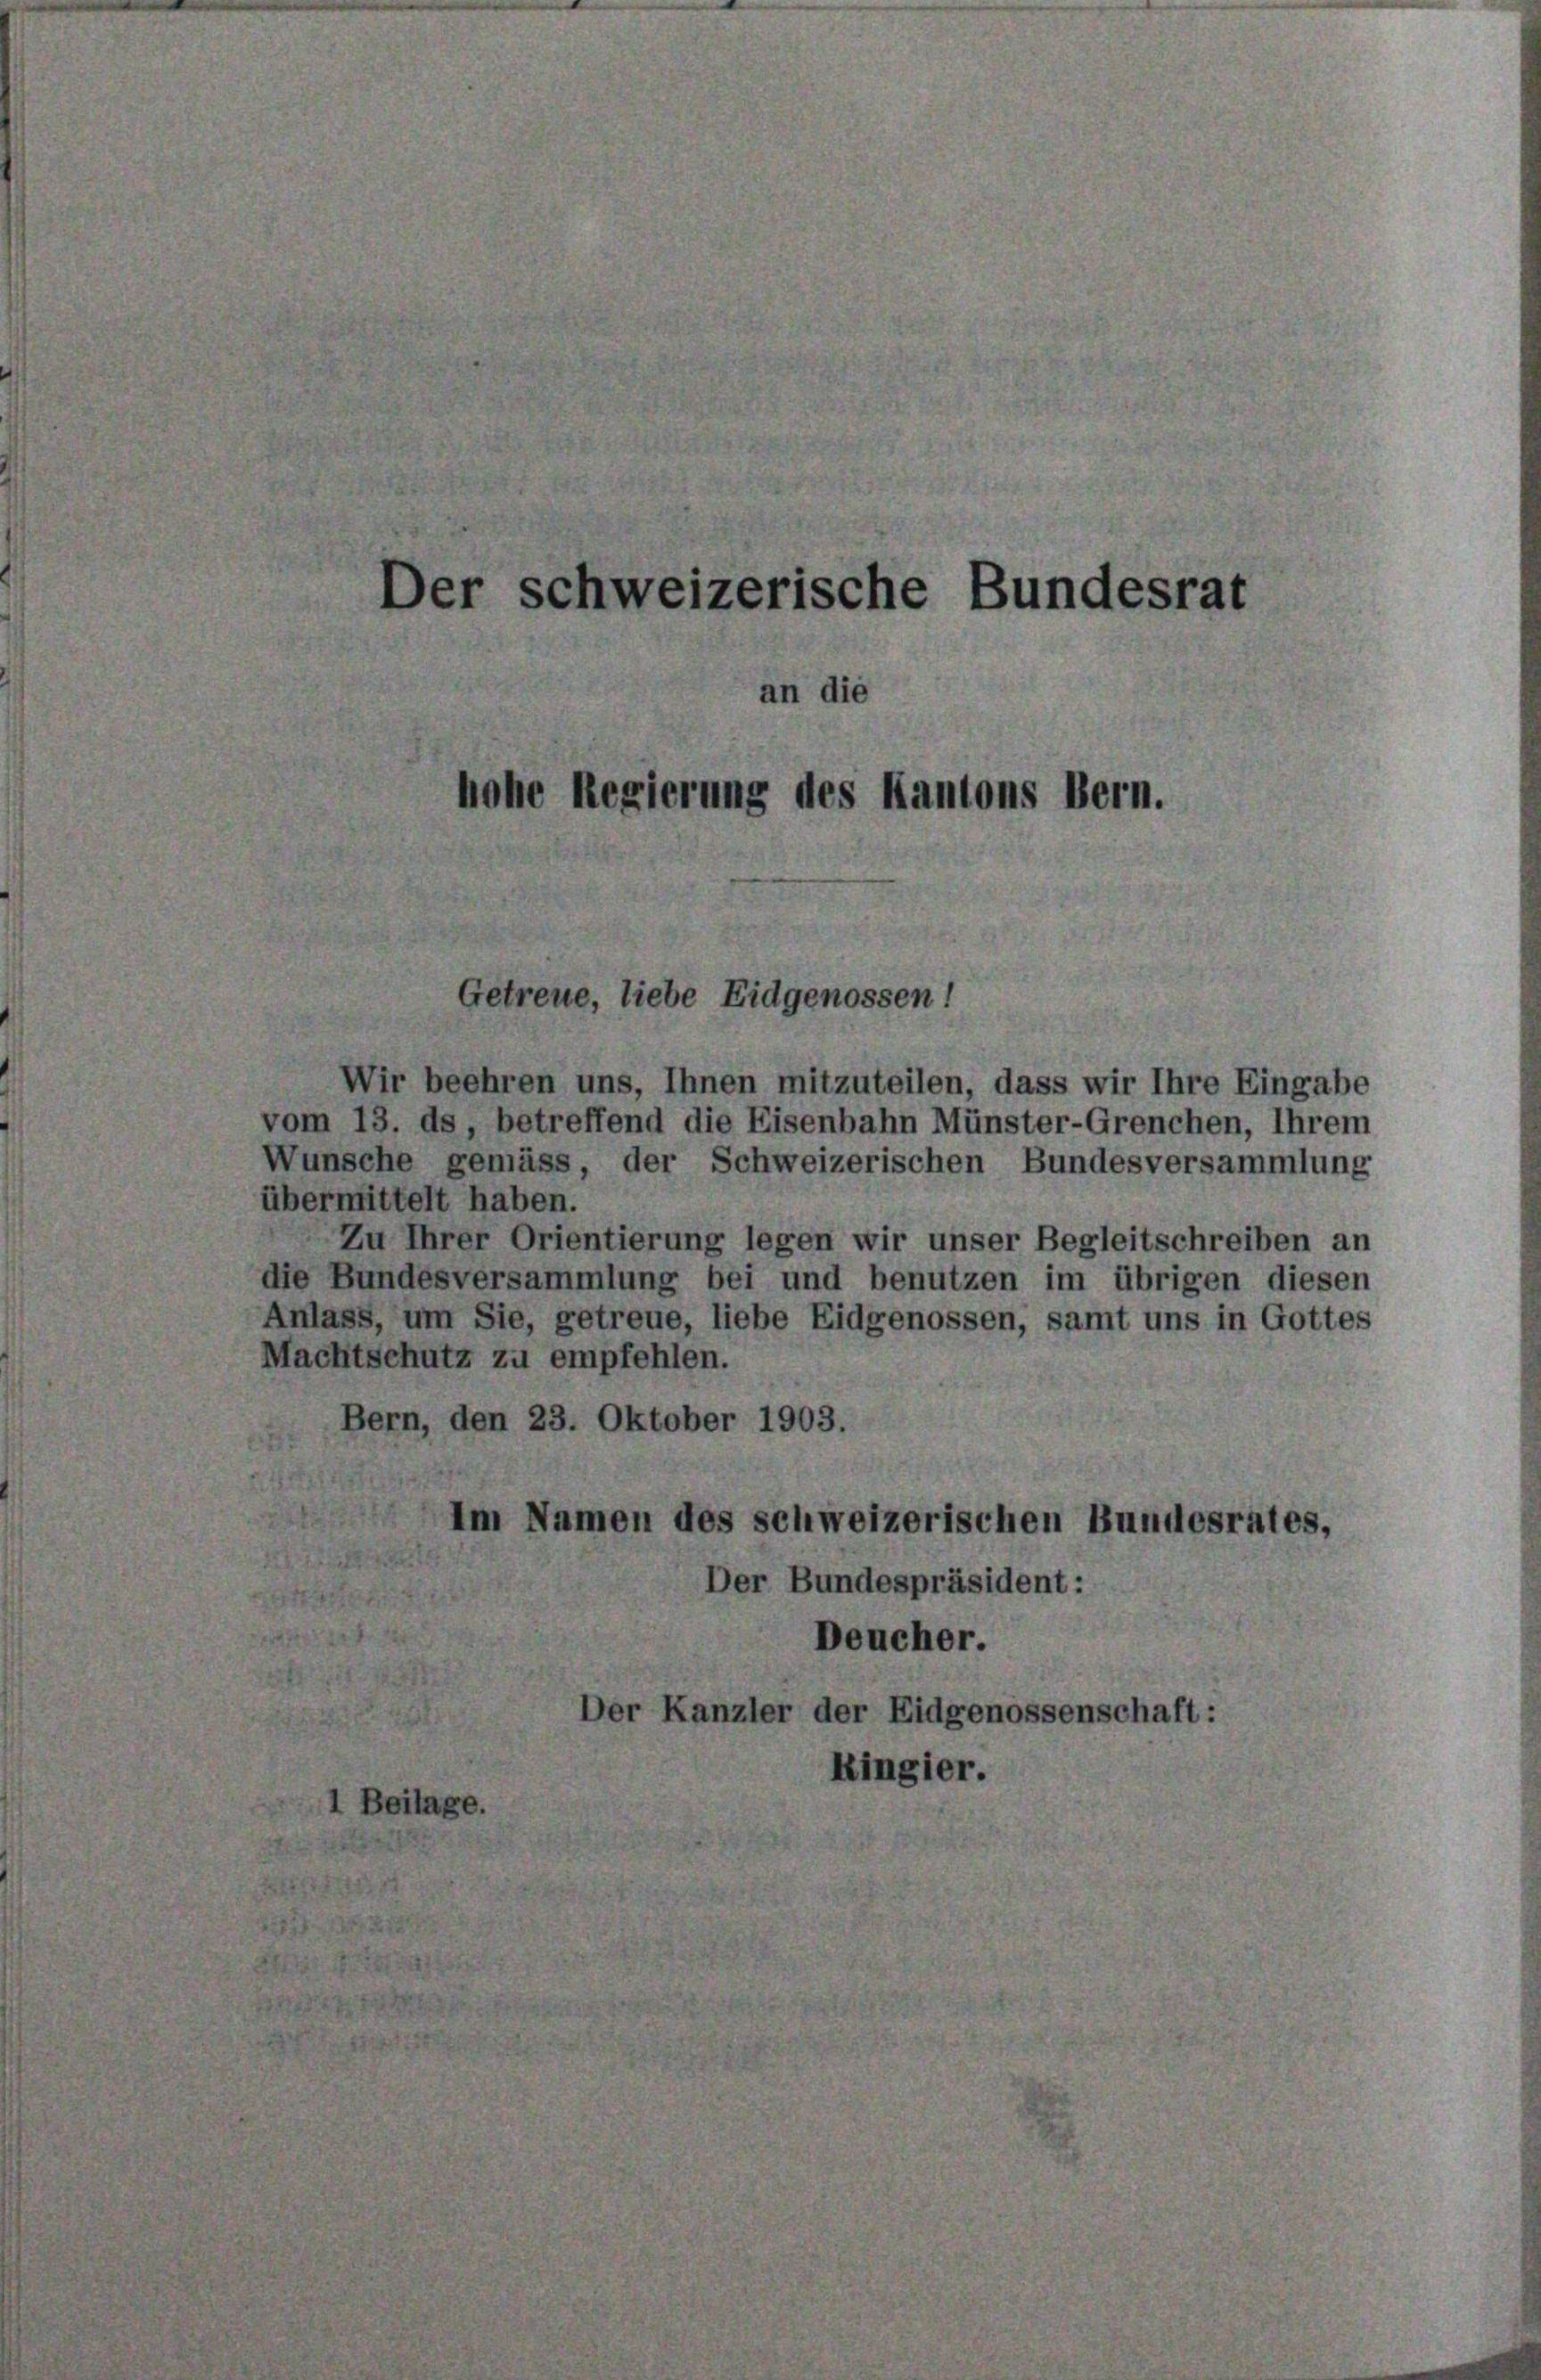
Der schweizerische Bundesrat
n die
hohe Regierung des Kantons Bern.

Getreue, liebe Eidgenossen!

Wir beehren uns, Ihnen mitzuteilen, dass wir Ihre Eingabe
vom 13. ds, betreffend die Eisenbahn Münster-Grenchen, Ihrem
Wünsche gemäss, der Schweizerischen Bundesversammlung
übermittelt haben.
Zu Ihrer Orientierung legen wir unser Begleitschreiben an
die Bundesversammlung bei und benutzen im übrigen diesen
Anlass, um Sie, getreue, liebe Eidgenossen, samt uns in Gottes
Machtschutz zu empfehlen.
Bern, den 23. Oktober 1903.
Im Namen des schweizerischen Bundesrates,
Der Bundespräsident:
Deucher.
Der Kanzler der Eidgenossenschaft:
Ringier.
eils